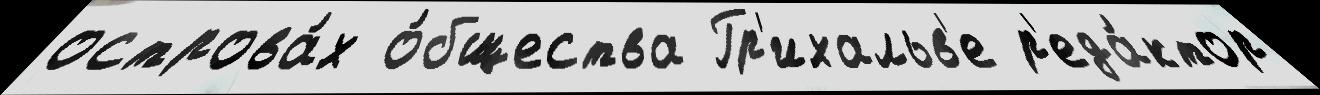
острова́х о́бщества Гр'ихальв'е р'еда́ктор